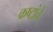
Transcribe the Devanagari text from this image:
कष्टांचे